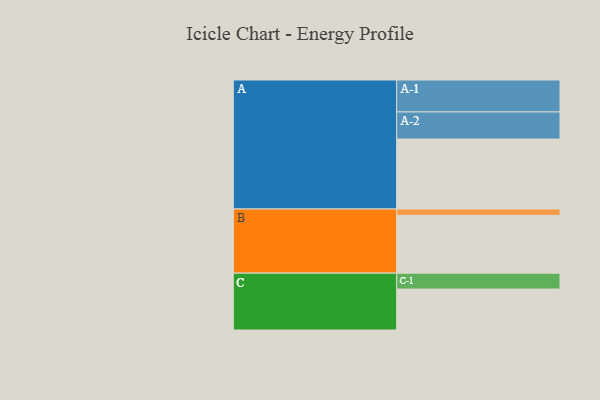
{"axis": {"x": "Segment", "y": "Value"}, "legend": ["", "A", "B", "C"], "data": [{"x": "A", "y": 576, "type": ""}, {"x": "B", "y": 476, "type": ""}, {"x": "C", "y": 337, "type": ""}, {"x": "A-1", "y": 263, "type": "A"}, {"x": "A-2", "y": 223, "type": "A"}, {"x": "B-1", "y": 52, "type": "B"}, {"x": "C-1", "y": 131, "type": "C"}]}